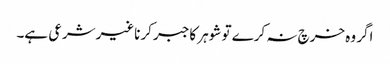
اگر وہ خرچ نہ کرے تو شوہر کاجبر کرناغیرشرعی ہے۔